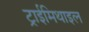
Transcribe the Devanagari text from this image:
ट्राईमिथाइल